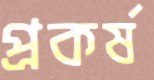
প্রকর্ষ